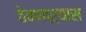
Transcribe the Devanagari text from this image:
ठेवणाऱ्यास